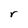
Character: r